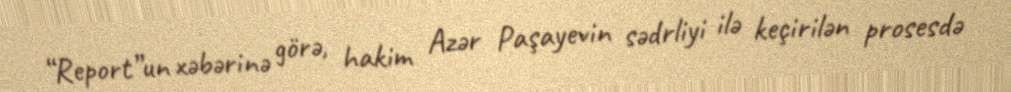
“Report”un xəbərinə görə, hakim Azər Paşayevin sədrliyi ilə keçirilən prosesdə